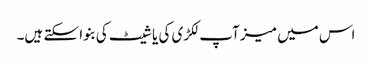
اس میں میز آپ لکڑی کی یا شیٹ کی بنوا سکتے ہیں۔